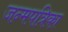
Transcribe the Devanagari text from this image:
जन्मपत्रिका